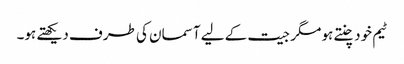
ٹیم خود چنتے ہو مگر جیت کے لیے آسمان کی طرف دیکھتے ہو۔